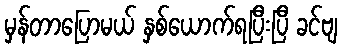
မှန်တာပြောမယ် နှစ်ယောက်ရပြီးပြီ ခင်ဗျ